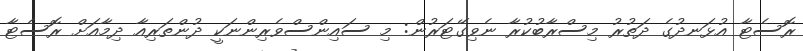
ރޮސެޓާ އުޅަނދުގެ ދަތުރު މިސްރާބުކުރާ ނެވިގޭޓަރުން: މި ސައިންސްވެރިންނަކީ ދުންތަރިއާ ދިމާއަށް ރޮސެޓާ